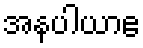
အနပါယာဧ